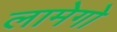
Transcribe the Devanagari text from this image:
लामेगो